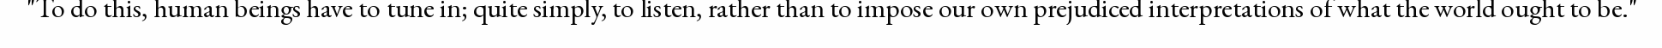
"To do this, human beings have to tune in; quite simply, to listen, rather than to impose our own prejudiced interpretations of what the world ought to be."